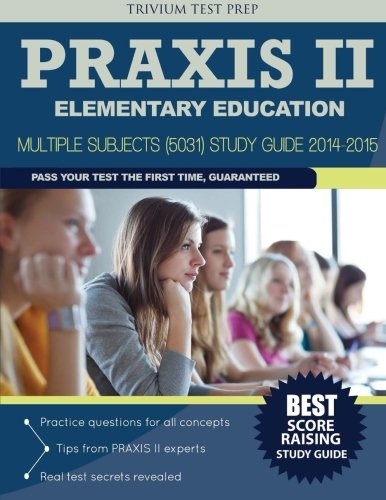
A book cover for Praxis II Elementary Education - Multiple Subjects (5031) Study Guide 2014-2015; Elementary Education Team; Test Preparation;